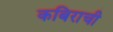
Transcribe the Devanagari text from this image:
कबिराची